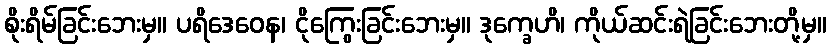
စိုးရိမ်ခြင်းဘေးမှ။ ပရိဒေဝေန၊ ငိုကြွေးခြင်းဘေးမှ။ ဒုက္ခေဟိ၊ ကိုယ်ဆင်းရဲခြင်းဘေးတို့မှ။